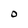
Character: 0